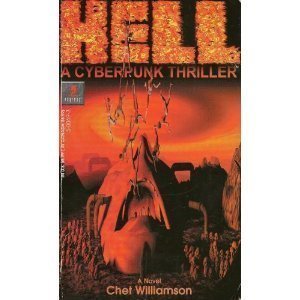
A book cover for Hell: A Cyberpunk Thriller - A Novel; Chet Williamson; Science Fiction & Fantasy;